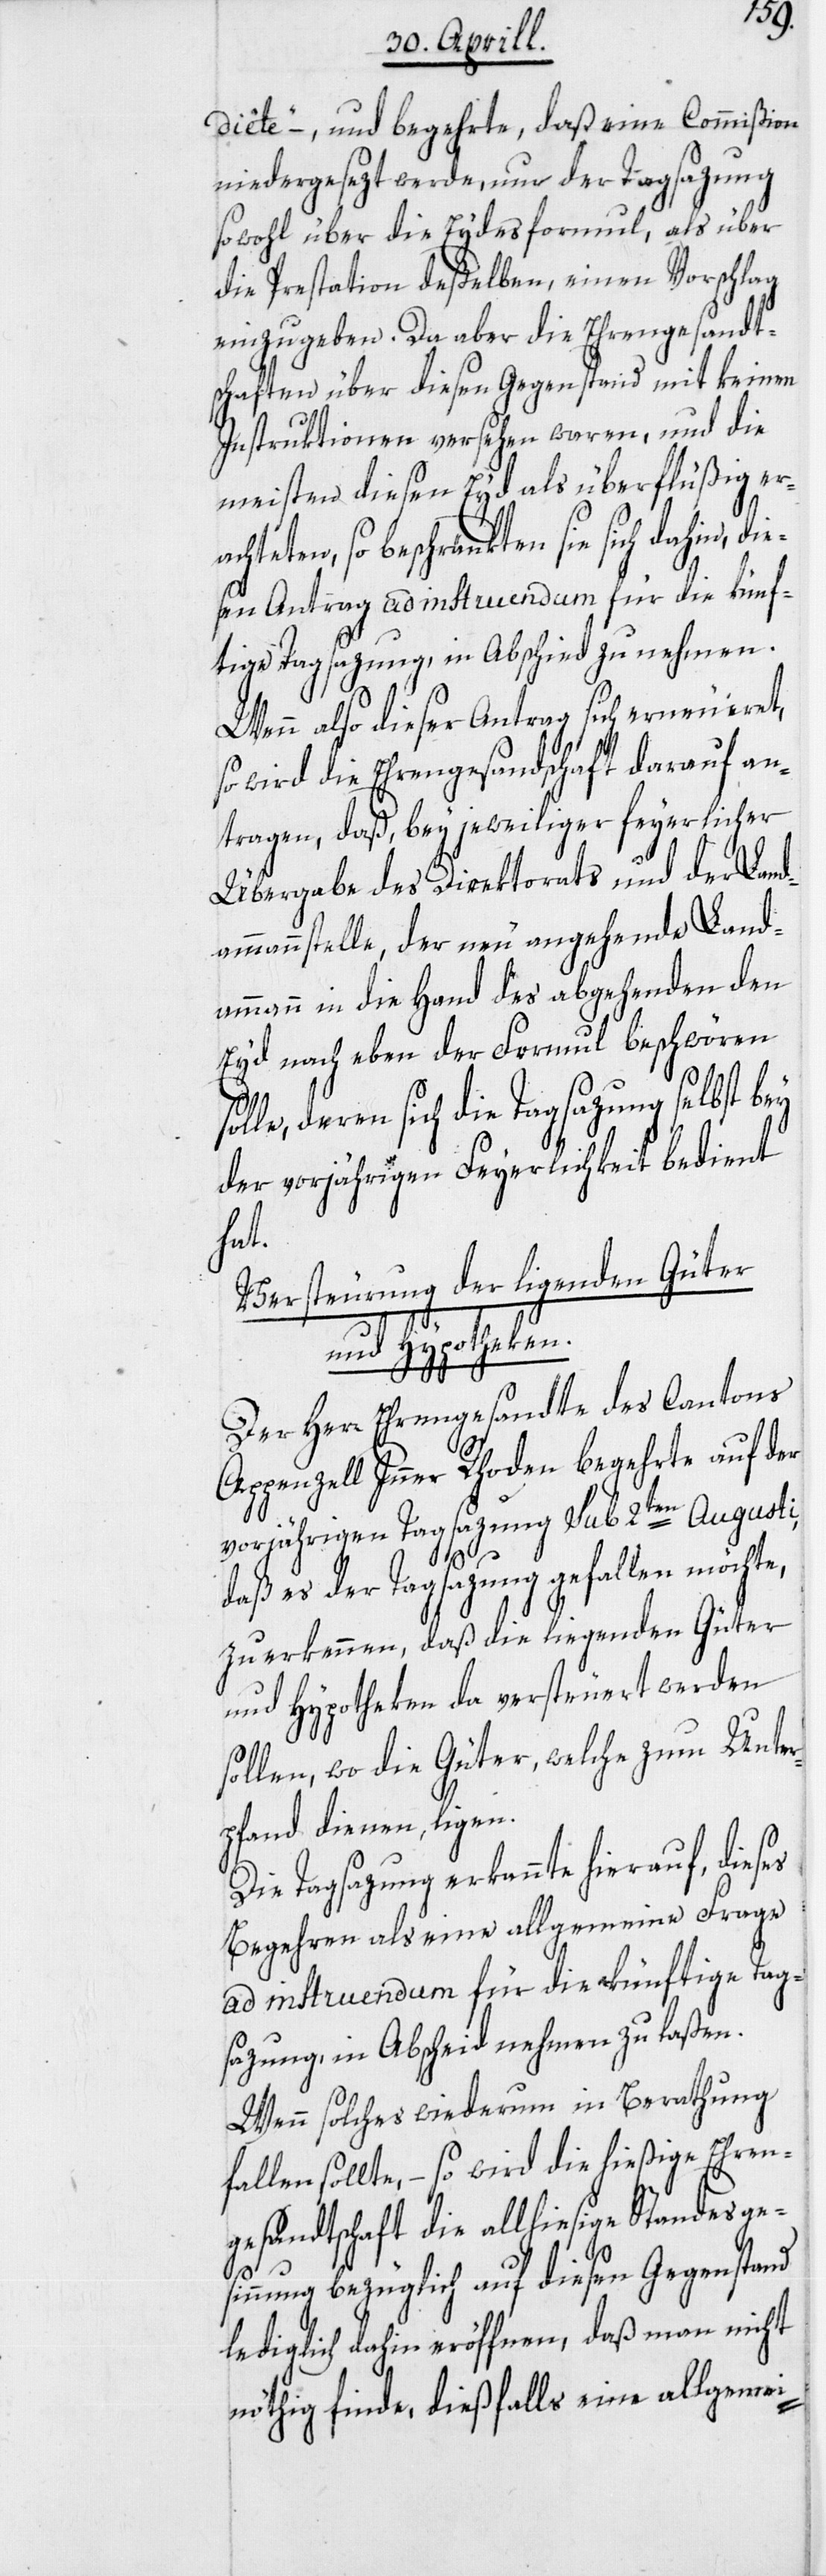
diête“ –, und begehrte, daß eine Commißion
niedergesezt werde, um der Tagsazung
sowohl über die Eydesformul, als über
die Prestation deßelben, einen Vorschlag
einzugeben. Da aber die Ehrengesandt¬
schaften über diesen Gegenstand mit keinen
Instruktionen versehen waren, und die
meisten diesen Eyd als überflüßig era¬
chteten, so beschränkten sie
sen Antrag ad instruendum für die künf¬
tige Tagsazung, in Abschied zu nehmen.
Wenn also dieser Antrag sich erneueret,
so wird die Ehrengesandschaft darauf an¬
tragen, daß, bey jeweiliger feyerlicher
Übergabe des Direktorats und der Land¬
ammannstelle, der neu angehende Land¬
ammann in die Hand des abgehenden den
Eyd nach eben der Formul beschwören
le, deren sich die Tagsazung selbst bey
der vorjährigen Feyerlichkeit bedient
hat.
Versteurung der ligenden Güter
und Hypotheken.
Der Herr Ehrengesandte des Cantons
Appenzell Inner Rhoden begehrte auf der
vorjährigen Tagsazung sub 2ten Augusti,
daß es der Tagsazung gefallen möchte,
zu erkennen, daß die liegenden Güter
und Hypotheken da versteuert werden
sollen, wo die Güter, welche zum Unter¬
pfand dienen, ligen.
Die Tagsazung erkannte hierauf, dieses
Begehren als eine allgemeine Frage
ad instruendum für die künftige Tag¬
sazung, in Abscheid nehmen zu laßen.
Wenn solches wiederum in Berathung
fallen sollte, – so wird die hießige Ehren¬
gesandtschaft die allhiesige Standesge¬
sinnung bezüglich auf diesen Gegenstand
lediglich dahin eröffnen, daß man nicht
nöthig finde, dießfalls eine allgemei-